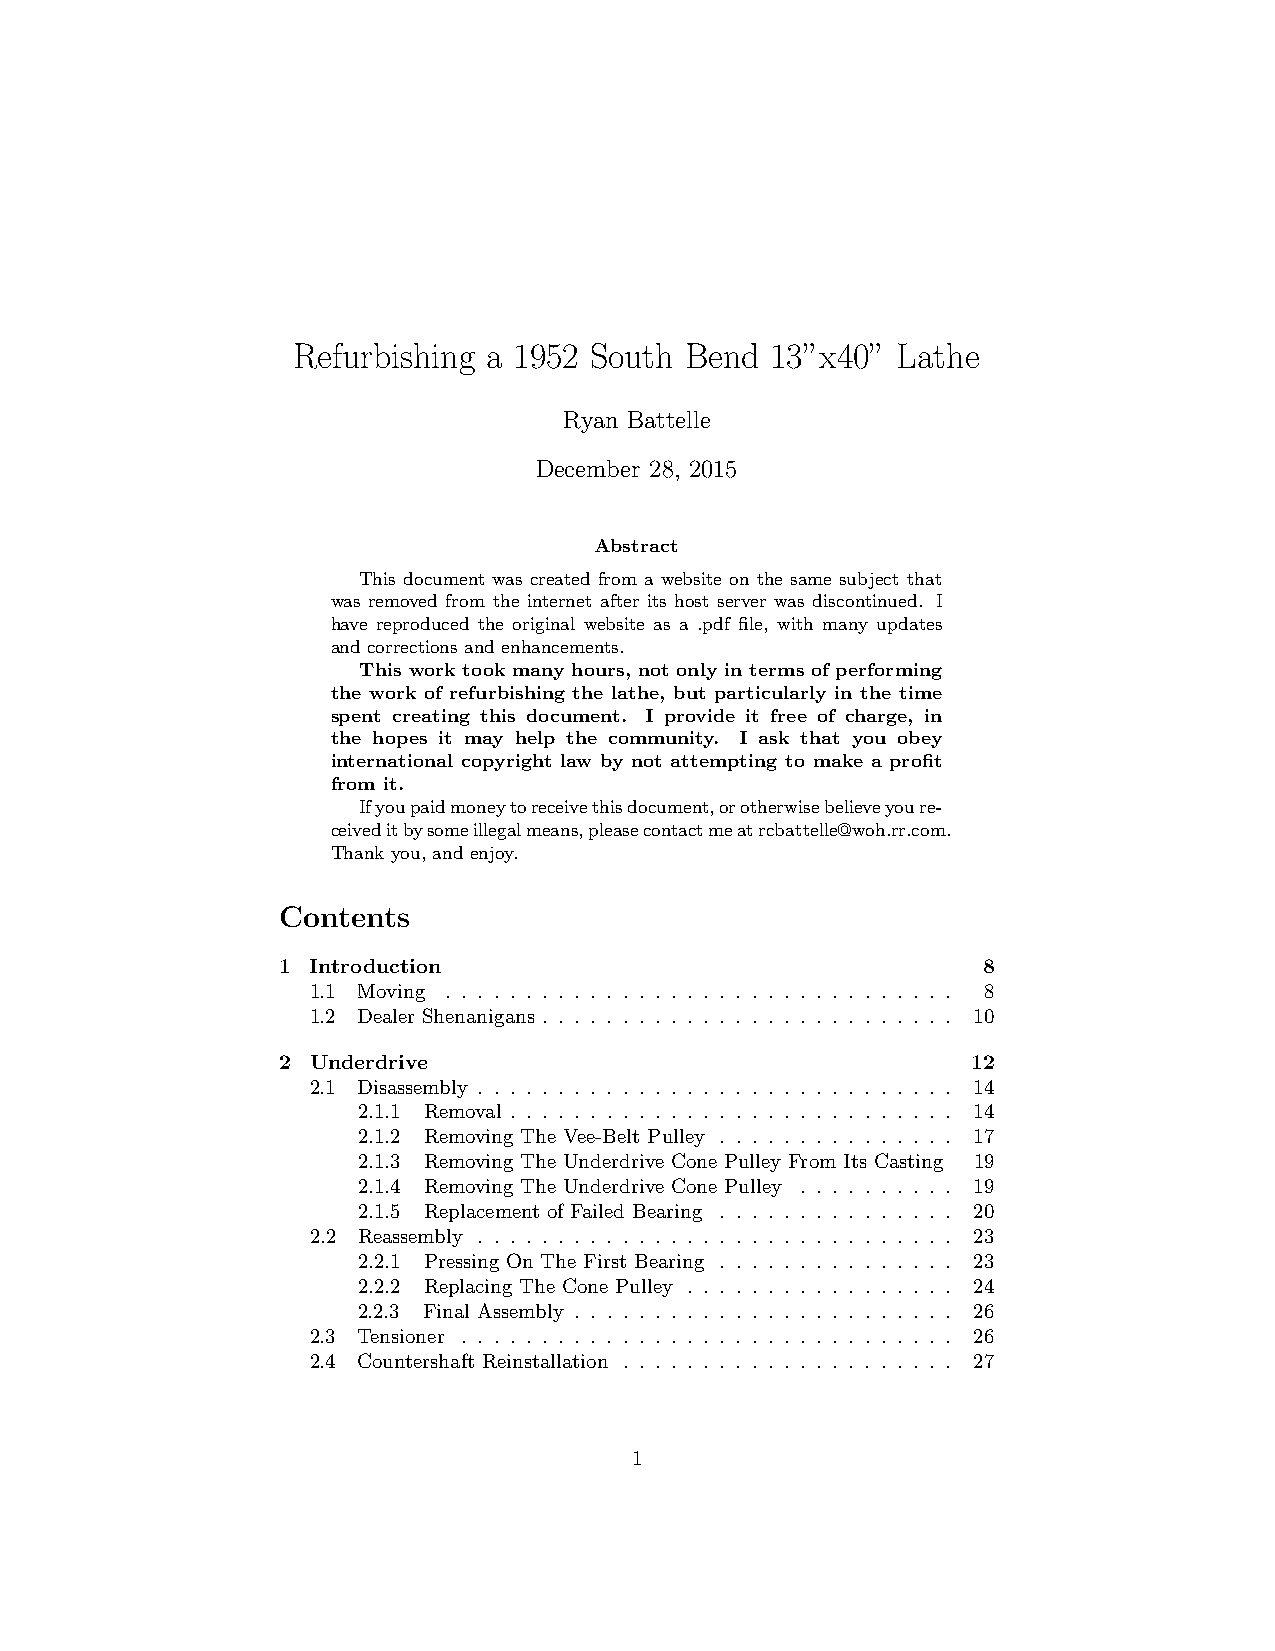
Refurbishing a 1952 South Bend  13”x40” Lathe
 Ryan Battelle
 December 28, 2015
 Abstract
 This document was created from a website on the same subject that
 was removed from the internet after its host server was discontinued. I
 have reproduced the original website as a .pdf file, with many updates
 and corrections and enhancements.
 This work took many hours, not only in terms of performing
 the work of refurbishing the lathe, but particularly in the time
 spent creating this document. I provide it free of charge, in
 the hopes it may help the community. I ask that you obey
 international copyright law by not attempting to make a profit
 from it.
 Ifyoupaidmoneytoreceivethisdocument,orotherwisebelieveyoure-
 ceiveditbysomeillegalmeans,pleasecontactmeatrcbattelle@woh.rr.com.
 Thank you, and enjoy.
 Contents
 1  Introduction                                8
 1.1 Moving . . . . . . . . . . . . . . . . . . . . . . . . . . . . . . . . 8
 1.2 Dealer Shenanigans . . . . . . . . . . . . . . . . . . . . . . . . . . 10
 2  Underdrive                                 12
 2.1 Disassembly . . . . . . . . . . . . . . . . . . . . . . . . . . . . . . 14
 2.1.1 Removal . . . . . . . . . . . . . . . . . . . . . . . . . . . . 14
 2.1.2 Removing The Vee-Belt Pulley . . . . . . . . . . . . . . . 17
 2.1.3 Removing The Underdrive Cone Pulley From Its Casting 19
 2.1.4 Removing The Underdrive Cone Pulley . . . . . . . . . . 19
 2.1.5 Replacement of Failed Bearing . . . . . . . . . . . . . . . 20
 2.2 Reassembly . . . . . . . . . . . . . . . . . . . . . . . . . . . . . . 23
 2.2.1 Pressing On The First Bearing . . . . . . . . . . . . . . . 23
 2.2.2 Replacing The Cone Pulley . . . . . . . . . . . . . . . . . 24
 2.2.3 Final Assembly . . . . . . . . . . . . . . . . . . . . . . . . 26
 2.3 Tensioner . . . . . . . . . . . . . . . . . . . . . . . . . . . . . . . 26
 2.4 Countershaft Reinstallation . . . . . . . . . . . . . . . . . . . . . 27
 1